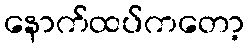
နောက်ထပ်ကတော့